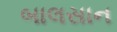
બાલસાન